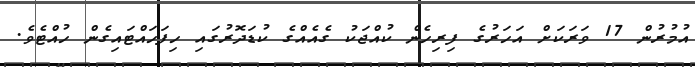
އުމުރުން 17 ވަރަކަށް އަހަރުގެ ފިރިހެން ކުއްޖަކު ގެއެއްގެ ކުޑަދޮރުގައި ހިފަހައްޓައިގެން ހުއްޓެވެ.